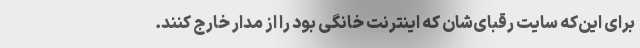
برای این‌که سایت رقبای‌شان که اینترنت خانگی بود را از مدار خارج کنند.